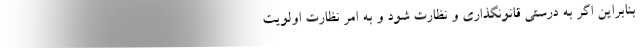
بنابراین اگر به درستی قانونگذاری و نظارت شود و به امر نظارت اولویت